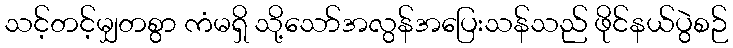
သင့်တင့်မျှတစွာ ကံမရှိ သို့သော်အလွန်အပြေးသန်သည် ဖိုင်နယ်ပွဲစဉ်